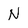
Character: N